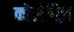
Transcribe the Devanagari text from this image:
कोलेगिज़